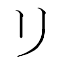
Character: リ